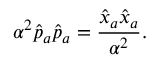
\alpha ^ { 2 } \hat { p } _ { a } \hat { p } _ { a } = \frac { \hat { x } _ { a } \hat { x } _ { a } } { \alpha ^ { 2 } } .